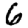
Digit: 6